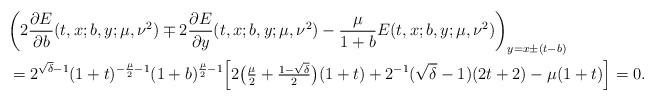
LaTeX: \begin{align*}& \bigg(2\frac{\partial E}{\partial b} (t,x;b,y;\mu,\nu^2)\mp 2\frac{\partial E}{\partial y} (t,x;b,y;\mu,\nu^2)-\frac{\mu}{1+b}E(t,x;b,y;\mu,\nu^2)\bigg)_{y=x\pm (t-b)} \\& = 2^{\sqrt{\delta}-1}(1+t)^{-\frac{\mu}{2}-1} (1+b)^{\frac{\mu}{2}-1} \Big[ 2\big(\tfrac{\mu}{2}+\tfrac{1-\sqrt{\delta}}{2}\big)(1+t)+2^{-1}(\sqrt{\delta}-1)(2t+2)-\mu (1+t)\Big]=0. \end{align*}